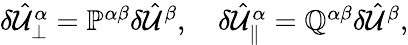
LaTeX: \begin{array}{r}{\delta\hat{\mathcal{U}}_{\perp}^{\alpha}=\mathbb{P}^{\alpha\beta}\delta\hat{\mathcal{U}}^{\beta},\quad\delta\hat{\mathcal{U}}_{\parallel}^{\alpha}=\mathbb{Q}^{\alpha\beta}\delta\hat{\mathcal{U}}^{\beta},}\end{array}